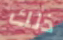
ذلك